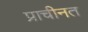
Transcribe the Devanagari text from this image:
प्राचीनत